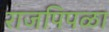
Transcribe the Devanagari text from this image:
राजपिपळा